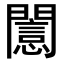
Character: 𨶡